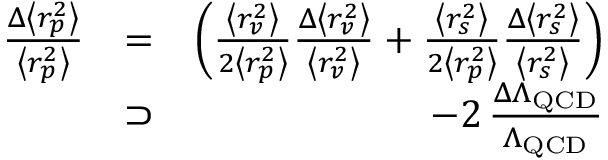
\begin{array} { r l r } { \frac { \Delta \left< r _ { p } ^ { 2 } \right> } { \left< r _ { p } ^ { 2 } \right> } } & { = } & { \left( \frac { \left< r _ { v } ^ { 2 } \right> } { 2 \left< r _ { p } ^ { 2 } \right> } \frac { \Delta \left< r _ { v } ^ { 2 } \right> } { \left< r _ { v } ^ { 2 } \right> } + \frac { \left< r _ { s } ^ { 2 } \right> } { 2 \left< r _ { p } ^ { 2 } \right> } \frac { \Delta \left< r _ { s } ^ { 2 } \right> } { \left< r _ { s } ^ { 2 } \right> } \right) } \\ & { \supset } & { - 2 \, \frac { \Delta \Lambda _ { \mathrm { Q C D } } } { \Lambda _ { \mathrm { Q C D } } } } \end{array}